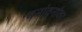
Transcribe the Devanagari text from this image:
वनांवनांवर